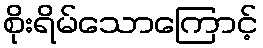
စိုးရိမ်သောကြောင့်